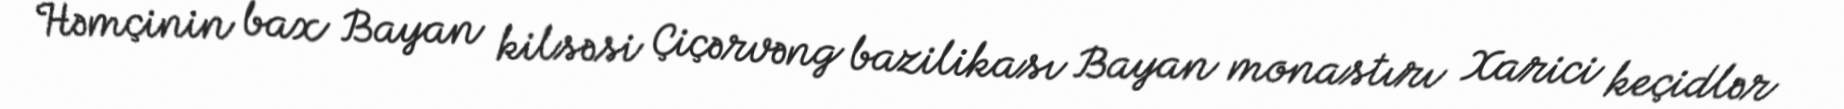
Həmçinin bax Bayan kilsəsi Çiçərvəng bazilikası Bayan monastırı Xarici keçidlər